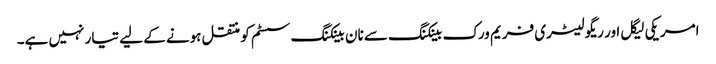
امریکی لیگل اور ریگولیٹری فریم ورک بینکنگ سے نان بینکنگ سسٹم کو منتقل ہونے کے لیے تیار نہیں ہے۔